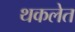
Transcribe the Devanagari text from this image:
थकलेत